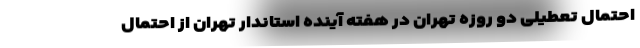
احتمال تعطیلی دو روزه تهران در هفته آینده استاندار تهران از احتمال